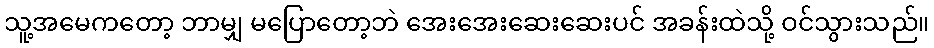
သူ့အမေကတော့ ဘာမျှ မပြောတော့ဘဲ အေးအေးဆေးဆေးပင် အခန်းထဲသို့ ဝင်သွားသည်။